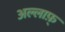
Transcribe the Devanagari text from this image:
अल्लाफ़्‌